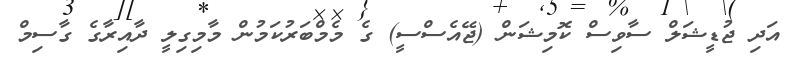
އަދި ޖުޑީޝަލް ސާވިސް ކޮމިޝަން (ޖޭއެސްސީ) ގެ މެމްބަރުކަމުން މާމިގިލީ ދާއިރާގެ ގާސިމް